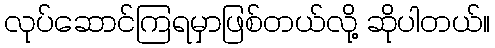
လုပ်ဆောင်ကြရမှာဖြစ်တယ်လို့ ဆိုပါတယ်။